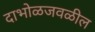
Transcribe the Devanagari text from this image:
दाभोळजवळील